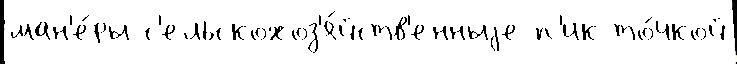
ман'е́ры с'ельскохоз'я́йств'енныjе п'ик то́чкой